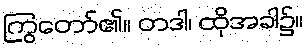
ကြွတော်၏။ တဒါ၊ ထိုအခါ၌။